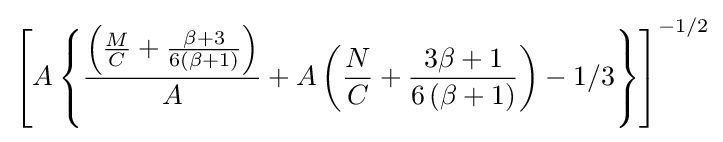
\left[A\left\{{\frac {\left({\frac {M}{C}}+{\frac {\beta +3}{6\left(\beta +1\right)}}\right)}{A}}+A\left({\frac {N}{C}}+{\frac {3\beta +1}{6\left(\beta +1\right)}}\right)-1/3\right\}\right]^{-1/2}